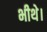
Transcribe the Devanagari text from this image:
भीथे।